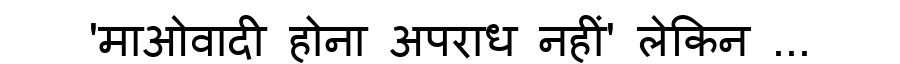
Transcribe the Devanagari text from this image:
'माओवादी होना अपराध नहीं' लेकिन ...